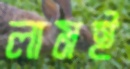
লামই